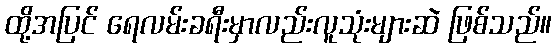
ထို့အပြင် ရေလမ်းခရီးမှာလည်းလူသုံးများဆဲ ဖြစ်သည်။